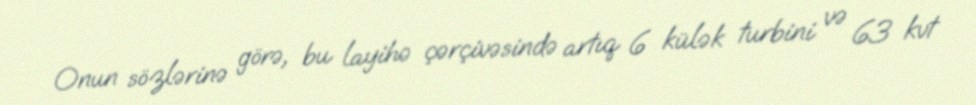
Onun sözlərinə görə, bu layihə çərçivəsində artıq 6 külək turbini və 63 kvt